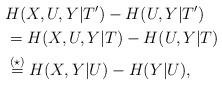
LaTeX: \begin{align*}&H(X,U,Y|T')-H(U,Y|T') \\&= H(X,U,Y|T)-H(U,Y|T)\\& \overset{(\star)}{=} H(X,Y|U)-H(Y|U),\end{align*}